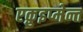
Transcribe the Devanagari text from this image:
एक़ुइप्मेन्त